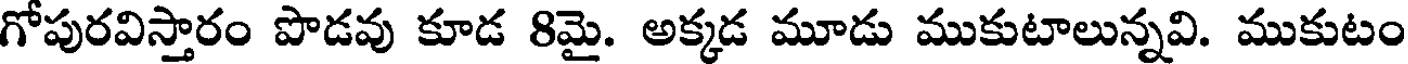
గోపురవిస్తారం పొడవు కూడ 8మై. అక్కడ మూడు ముకుటాలున్నవి. ముకుటం